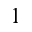
1